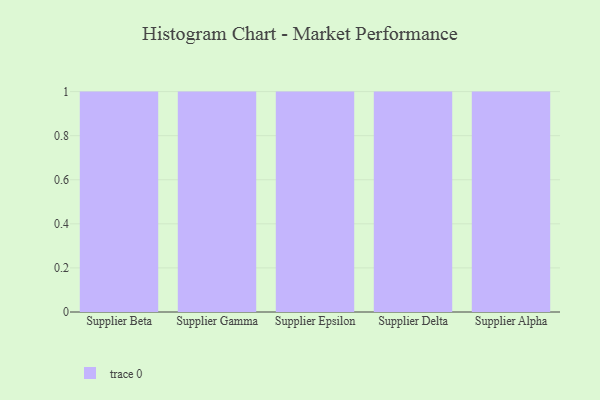
{"axis": {"x": "Supplier", "y": "Churn Rate (%)"}, "legend": [""], "data": [{"x": "Supplier Beta", "y": 55, "type": ""}, {"x": "Supplier Gamma", "y": 49, "type": ""}, {"x": "Supplier Epsilon", "y": 38, "type": ""}, {"x": "Supplier Delta", "y": 54, "type": ""}, {"x": "Supplier Alpha", "y": 95, "type": ""}]}